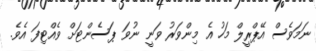
ނަމަވެސް އޭޕްރީލް މަހު އެ މިންވަރު ވަނީ ނުވަ ޕަސެންޓަށް ވެއްޓިފަ އެވެ.